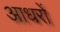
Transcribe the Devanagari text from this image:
आधरों